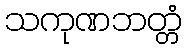
သကုဏဘတ္တံ